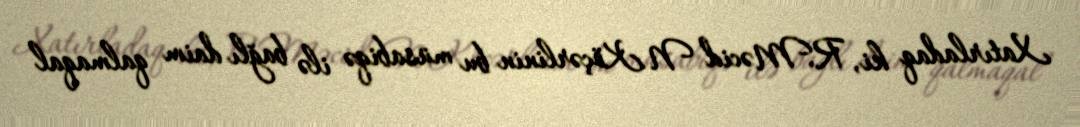
Xatırladaq ki, R.Məcid N.Köçərlinin bu müsabiqə ilə bağlı daim qalmaqal